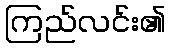
ကြည်လင်း၏